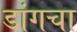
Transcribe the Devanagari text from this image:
डांगचा